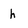
Character: h